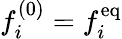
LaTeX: f_{i}^{(0)}=f_{i}^{\mathrm{eq}}